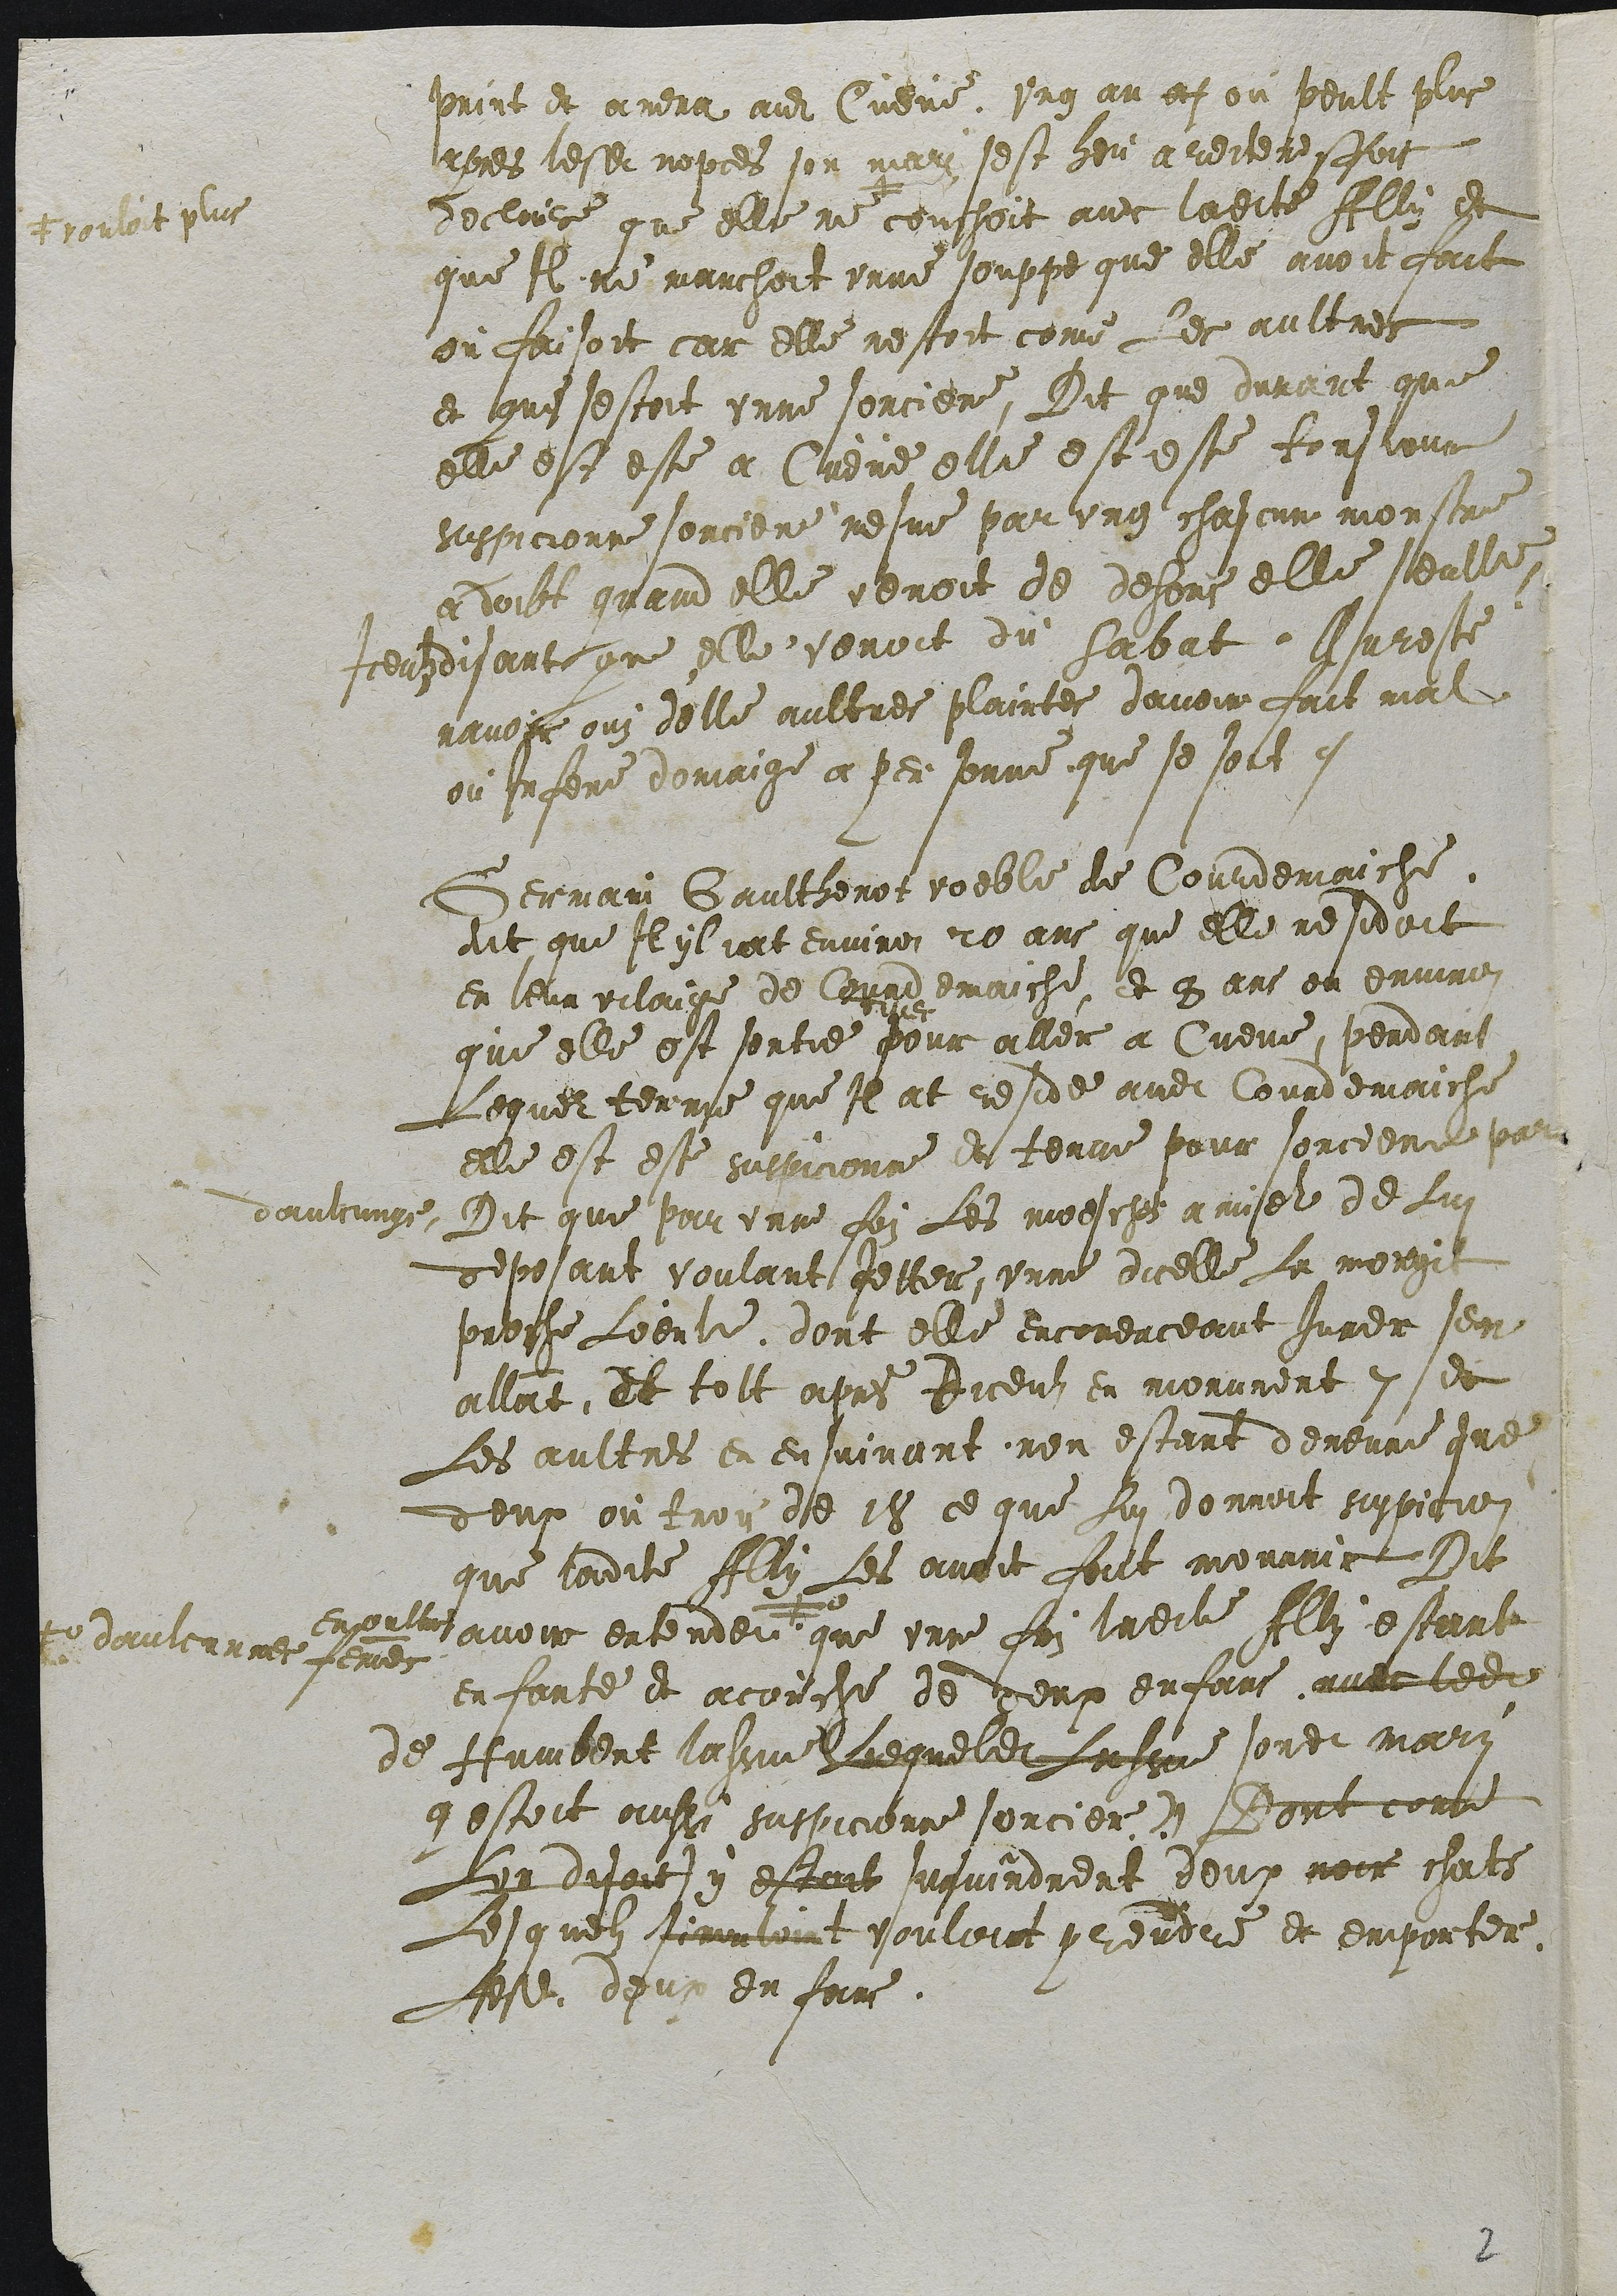
print et amena audit Cueve. Ung an as ou peult plus
apres lesdites nopces son mari sest heu a reiteresfois
delaire que elle ne +
+ vouloit plus
couchoit avec ladite Ally et
que Il ne manchoit unne souppe que elle avoit fait
ou faisoit car elle nestoit come Les aultres
et que sestoit unne sorciere, Dit que durant que
elle est este a Cueve elle est este tousjour
suspicionne sorciere mesme par ung chascun monstre
a doibt quand elle venoit de dehors elle seulle,
Iceulz disant que elle venoit du Sabat. Au reste
navoir ouy delle aultres plaintes davoir fait mal
ou Infere domaige a personne que se soit.
Germain Gaultherot voeble de Courdemaiche
dit que Il yl iat environ 20 ans que elle residoit
en leur vilaige de Courdemaiche, et 8 ans ou environ
que elle est sortie
dilec
pour aller a Cueve, pendant
Lequel terme que Il at reside audit Courdemaiche
elle est este suspicionne et tenue pour sorciere par
daulcungs, Dit que par unne foy Les moesches a miel de Lui
deposant voulant Jetter, unne dicelle La morgit
proche loeule dont elle encomenceant Jurer sen
allant, et tolt apres diceuls en morurent 7 et
Les aultres en ensuivant nen estant demeure que
deux ou trois de 18 ce que Lui donnoit suspicion
que ladite Ally Les avoit fait mourrir Dit
en oultre avoir entendeu +0
+0 daulcunnes femmes
que unne foi ladite Ally estant
enfante et acouche de deux enfans avec ledit
de Humbert Lassue (Lequeldit Lassue sondit mary
qestoit aussi suspicionne sorcier) Dont come
Lon disoit) y estait survindrent deux noir chats
lesquelz simuloint vouloint prendre et emporter
Lesdits deux enfans.

2